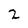
Character: 2